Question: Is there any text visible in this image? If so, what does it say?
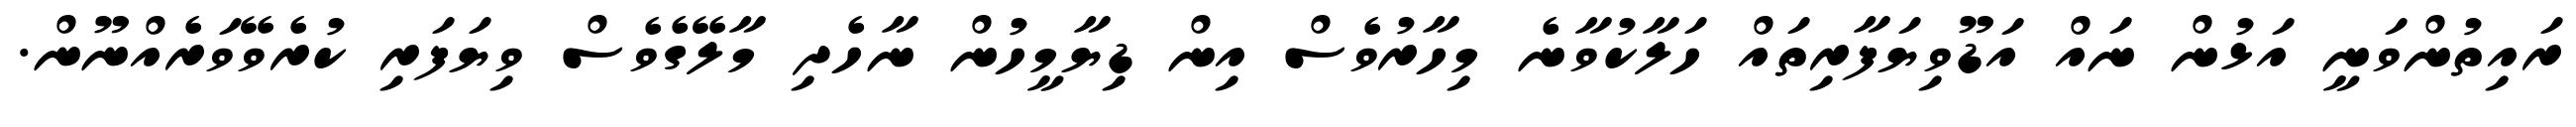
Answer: ރައިތުންވަނީ އަޅުން ނައް އަޑޫވިޔަފާރިތައް ހަލާކުވާނެ މިހާރުވެސް އިން ޑިޔާމީހުން ނާހެދި މާލޭގެވެސް ވިޔަފަރި ކުރެވޭވަރެއްނޫން.